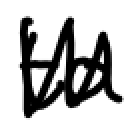
Text: to
Cross-out: zig-zag
Writing tool: digital_black